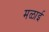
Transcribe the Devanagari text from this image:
मळाई